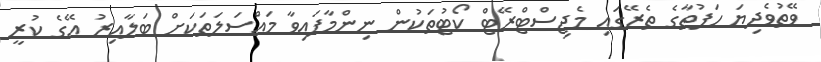
ވޭތުވެދިޔަ ހަފުތާގެ ތެރޭގައި މެޖިސްޓްރޭޓް ކޯޓުތަކުން ނިންމާފައިވާ މައްސަލަތަކަށް ބަލާއިރު އޭގެ ކުރީ